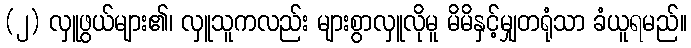
(၂) လှူဖွယ်များ၏၊ လှူသူကလည်း များစွာလှူလိုမူ မိမိနှင့်မျှတရုံသာ ခံယူရမည်။